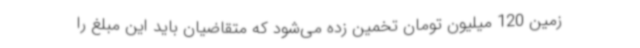
زمین 120 میلیون تومان تخمین زده می‌شود که متقاضیان باید این مبلغ را